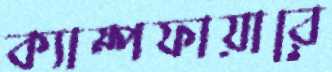
ক্যাম্পফায়ারে